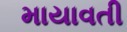
માયાવતી